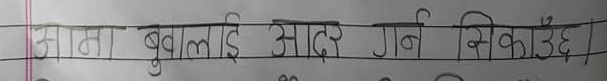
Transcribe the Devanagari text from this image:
आमा बुवालाई आदर गर्न सिकाउँछ।